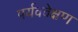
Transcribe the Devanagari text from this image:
पर्यववेक्षण